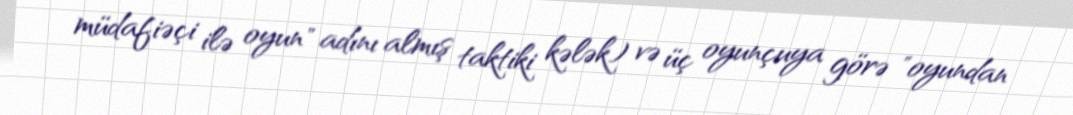
müdafiəçi ilə oyun" adını almış taktiki kələk) və üç oyunçuya görə "oyundan